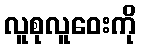
လူစုလူဝေးကို